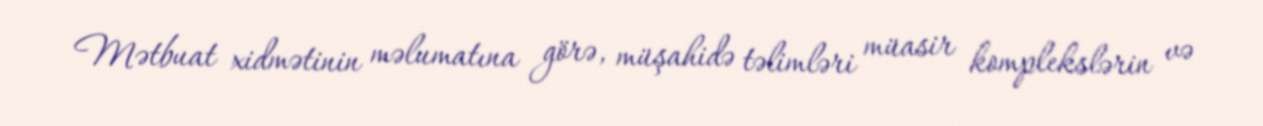
Mətbuat xidmətinin məlumatına görə, müşahidə təlimləri müasir komplekslərin və